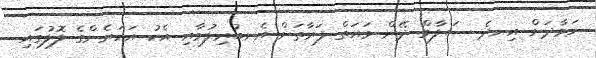
ނަމާދަށް އިނދެ ސަލާމް ދޭން ވައަތް ފަރާތަށް އެނބުރިލުމާއި އެކު އަހަރެންގެ ލޮލުގައި